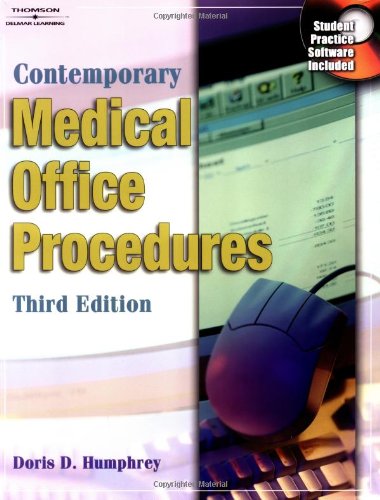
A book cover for Contemporary Medical Office Procedures; Doris Humphrey; Medical Books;